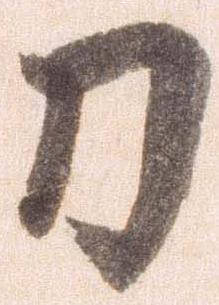
刀